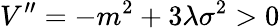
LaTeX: V^{\prime\prime}=-m^{2}+3\lambda\sigma^{2}>0